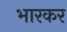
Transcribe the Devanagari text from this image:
भारकर